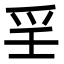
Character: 㸒